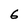
Character: 6